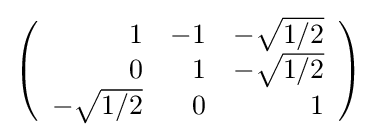
{\textstyle \left({\begin{array}{rrr}1&-1&-{\sqrt {1/2}}\\0&1&-{\sqrt {1/2}}\\-{\sqrt {1/2}}&0&1\\\end{array}}\right)}